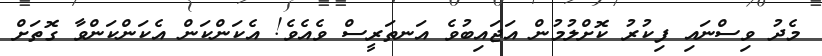
މެދު ވިސްނައި ފިކުރު ކޮށްލުމުން އަޖައިބުވެ އަނތަރީސް ވެއެވެ! އެކަންކަން އެކަންކަންވާ ގޮތަށް